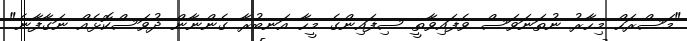
"މަސްރަހް މިހާރު ނުތަނަވަސް ވެފައިވާތީ ސިފައިންގެ މީހާ އަނބުރާ ގެންނާން ދުވަސްކޮޅެއް ނަގާފާނެ"